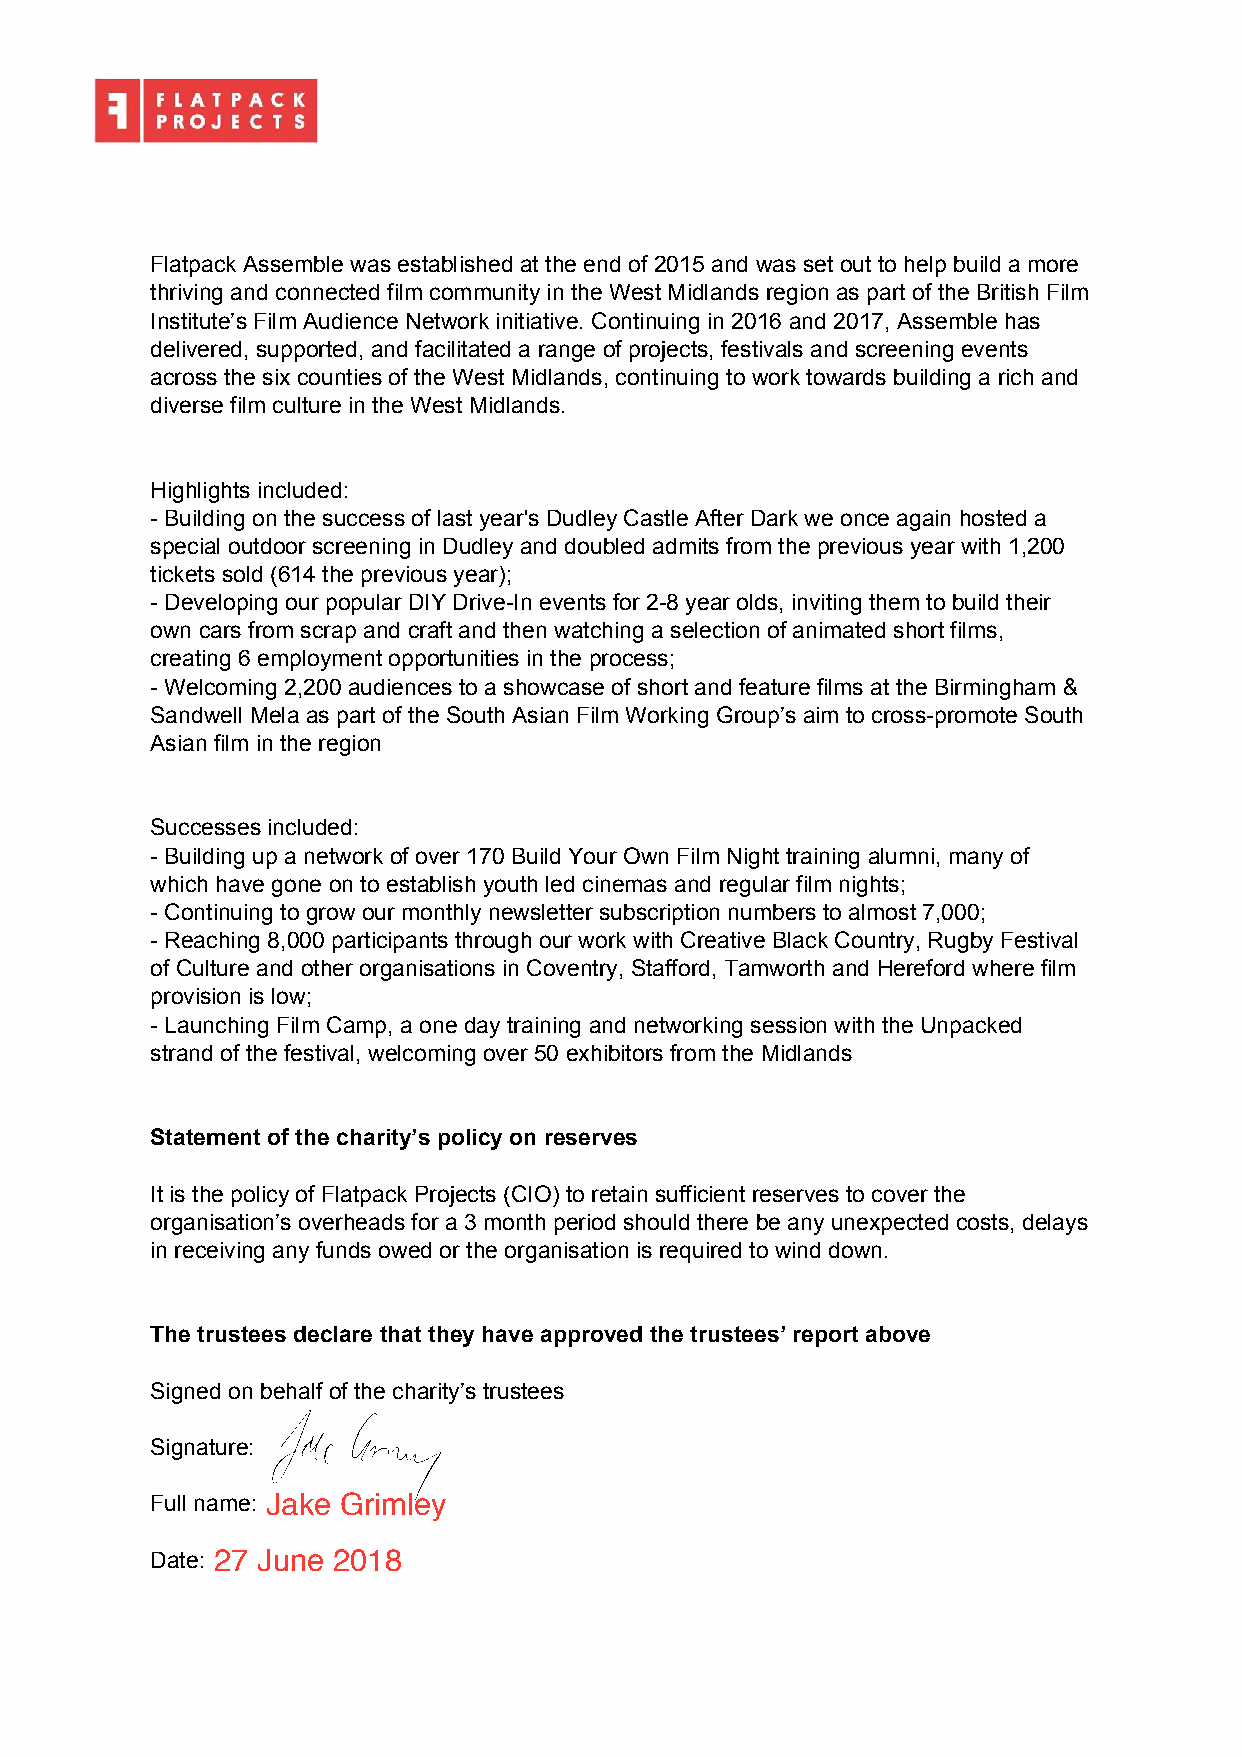
Flatpack Assemble was established at the end of 2015 and was set out to help build a more
 thriving and connected film community in the West Midlands region as part of the British Film
 Institute’s Film Audience Network initiative. Continuing in 2016 and 2017, Assemble has
 delivered, supported, and facilitated a range of projects, festivals and screening events
 across the six counties of the West Midlands, continuing to work towards building a rich and
 diverse film culture in the West Midlands.
 Highlights included:
 - Building on the success of last year's Dudley Castle After Dark we once again hosted a
 special outdoor screening in Dudley and doubled admits from the previous year with 1,200
 tickets sold (614 the previous year);
 - Developing our popular DIY Drive-In events for 2-8 year olds, inviting them to build their
 own cars from scrap and craft and then watching a selection of animated short films,
 creating 6 employment opportunities in the process;
 - Welcoming 2,200 audiences to a showcase of short and feature films at the Birmingham &
 Sandwell Mela as part of the South Asian Film Working Group’s aim to cross-promote South
 Asian film in the region
 Successes included:
 - Building up a network of over 170 Build Your Own Film Night training alumni, many of
 which have gone on to establish youth led cinemas and regular film nights;
 - Continuing to grow our monthly newsletter subscription numbers to almost 7,000;
 - Reaching 8,000 participants through our work with Creative Black Country, Rugby Festival
 of Culture and other organisations in Coventry, Stafford, Tamworth and Hereford where film
 provision is low;
 - Launching Film Camp, a one day training and networking session with the Unpacked
 strand of the festival, welcoming over 50 exhibitors from the Midlands
 Statement of the charity’s policy on reserves
 It is the policy of Flatpack Projects (CIO) to retain sufficient reserves to cover the
 organisation’s overheads for a 3 month period should there be any unexpected costs, delays
 in receiving any funds owed or the organisation is required to wind down.
 The trustees declare that they have approved the trustees’ report above
 Signed on behalf of the charity’s trustees
 Signature:
 Full name:
 Date: